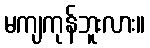
မကျကုန်ဘူးလား။